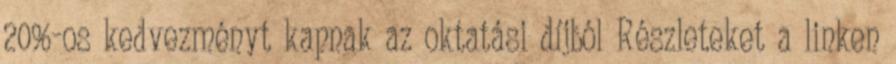
20%-os kedvezményt kapnak az oktatási díjból Részleteket a linken